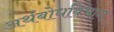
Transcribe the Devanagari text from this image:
अर्थबोधविभाग